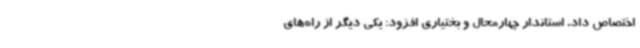
اختصاص داد. استاندار چهارمحال و بختیاری افزود: یکی دیگر از راه‌های